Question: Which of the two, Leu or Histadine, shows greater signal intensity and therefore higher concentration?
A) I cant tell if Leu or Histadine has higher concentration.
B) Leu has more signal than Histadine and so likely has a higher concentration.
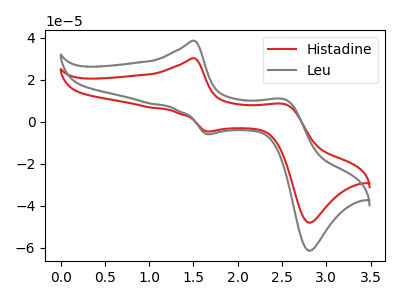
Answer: <think>The red curve "Histadine" has anodic peaks at (1.50V, 30.10uA) (2.55V, 8.30uA) and cathodic peaks at (1.65V, -4.70uA) (2.80V, -48.05uA). The gray curve "Leu" has anodic peaks at (1.50V, 38.45uA) (2.55V, 10.55uA) and cathodic peaks at (1.65V, -6.00uA) (2.80V, -61.40uA).
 All the peaks in "Leu" have a peak in "Histadine" at the same potential. Every peak in "Leu" is higher than every peak in "Histadine".</think>
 <answer>B) "Leu" has more signal than "Histadine" and so likely has a higher concentration.</answer>
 <eval>B</eval>